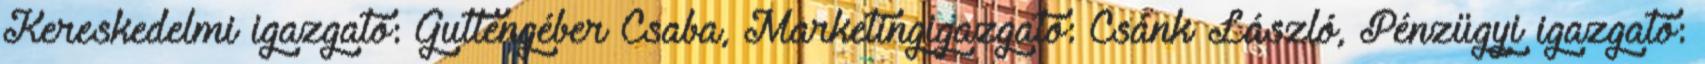
Kereskedelmi igazgató: Guttengéber Csaba, Marketingigazgató: Csánk László, Pénzügyi igazgató: